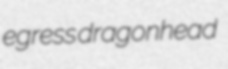
egress dragonhead